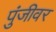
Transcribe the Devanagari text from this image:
पुंजीवर